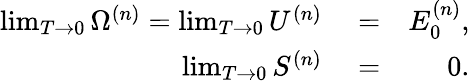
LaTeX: \begin{array}{rlr}{\operatorname*{lim}_{T\to 0}\Omega^{(n)}=\operatorname*{lim}_{T\to 0}U^{(n)}}&{{}=}&{E_{0}^{(n)},}\\ {\operatorname*{lim}_{T\to 0}S^{(n)}}&{{}=}&{0.}\end{array}